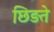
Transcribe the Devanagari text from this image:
छिड़ते